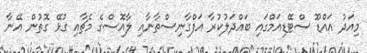
މިއަދު އައްޑޫ ސްޓޭޑިއަމްގައި ބައްދަލުކުރާ އަފްގާނިސްތާނާއި ލާއޮސްގެ މެޗާއި ގުޅޭ ގޮތުން އޭނާ